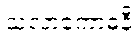
သလာကောဓနီ